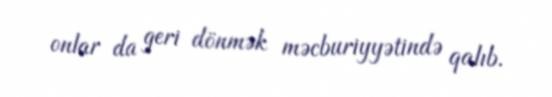
onlar da geri dönmək məcburiyyətində qalıb.